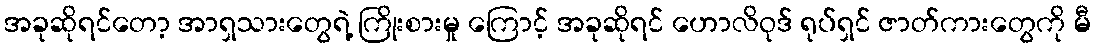
အခုဆိုရင်တော့ အာရှသားတွေရဲ့ ကြိုးစားမှု ကြောင့် အခုဆိုရင် ဟောလိဝုဒ် ရုပ်ရှင် ဇာတ်ကားတွေကို မီ